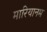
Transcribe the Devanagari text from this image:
मारियानम